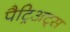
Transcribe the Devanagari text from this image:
पैट्रिअट्स